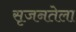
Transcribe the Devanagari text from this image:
सृजनतेला